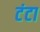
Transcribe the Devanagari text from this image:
टंटा